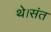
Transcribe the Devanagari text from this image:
थे।संत